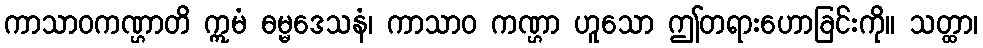
ကာသာဝကဏ္ဌာတိ ဣမံ ဓမ္မဒေသနံ၊ ကာသာဝ ကဏ္ဌာ ဟူသော ဤတရားဟောခြင်းကို။ သတ္ထာ၊